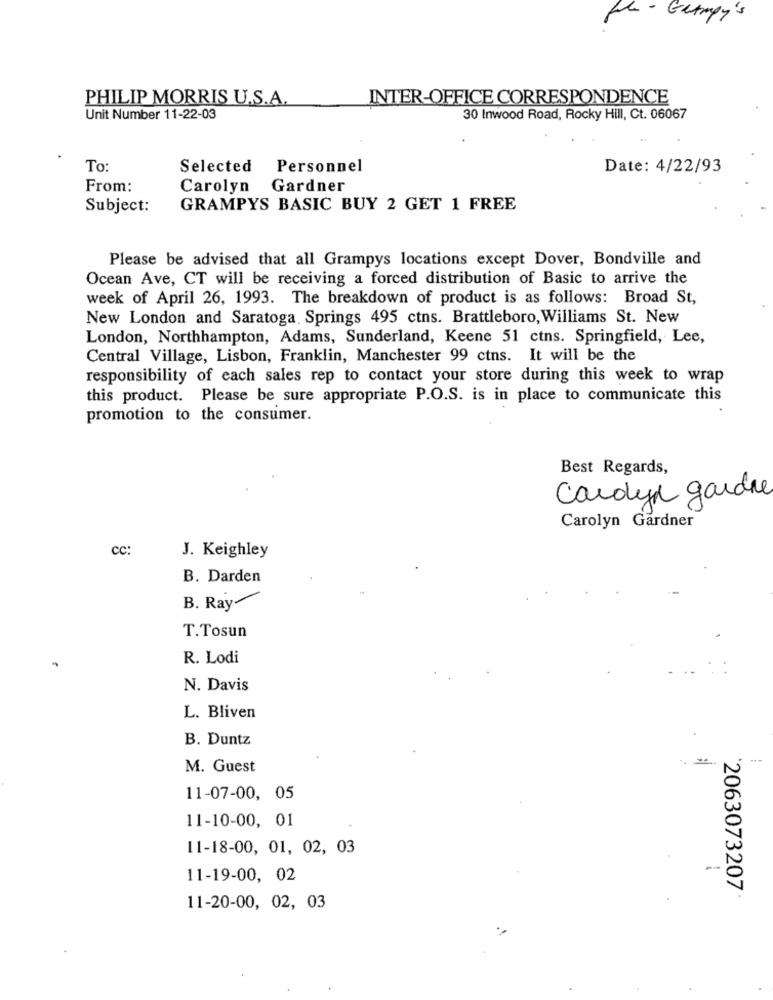
the-Grumpy's
PHILIP MORRIS U.S.A.
INTER-OFFICE CORRESPONDENCE
Unit Number 11-22-03
30 Inwood Road, Rocky Hill, Ct. 06067
To:
Selected Personnel
Date: 4/22/93
From:
Carolyn Gardner
Subject:
GRAMPYS BASIC BUY 2 GET 1 FREE
Please be advised that all Grampys locations except Dover, Bondville and
Ocean Ave, CT will be receiving a forced distribution of Basic to arrive the
week of April 26, 1993. The breakdown of product is as follows: Broad St,
New London and Saratoga Springs 495 ctns. Brattleboro, Williams St. New
London, Northhampton, Adams, Sunderland, Keene 51 ctns. Springfield, Lee,
Central Village, Lisbon, Franklin, Manchester 99 ctns. It will be the
responsibility of each sales rep to contact your store during this week to wrap
this product. Please be sure appropriate P.O.S. is in place to communicate this
promotion to the consumer.
Best Regards,
carolyn gardine
Carolyn Gardner
cc:
J. Keighley
B. Darden
B. Ray-
T.Tosun
R. Lodi
N. Davis
L. Bliven
B. Duntz
M. Guest
11-07-00, 05
11-10-00, 01
11-18-00, 01, 02, 03
11-19-00, 02
2063073207.
11-20-00, 02, 03